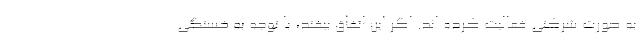
به صورت شرکتی فعالیت کرده اند. اگر این اتفاق بیفتد، با توجه به خستگی